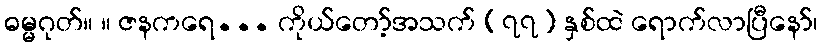
ဓမ္မဂုတ်။ ။ ဇနကရေ... ကိုယ်တော့်အသက် (၇၇) နှစ်ထဲ ရောက်လာပြီနော်၊